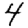
Digit: 4